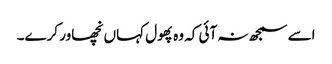
اسے سمجھ نہ آئی کہ وہ پھول کہاں نچھاور کرے۔